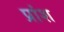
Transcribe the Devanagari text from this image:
प्रांश